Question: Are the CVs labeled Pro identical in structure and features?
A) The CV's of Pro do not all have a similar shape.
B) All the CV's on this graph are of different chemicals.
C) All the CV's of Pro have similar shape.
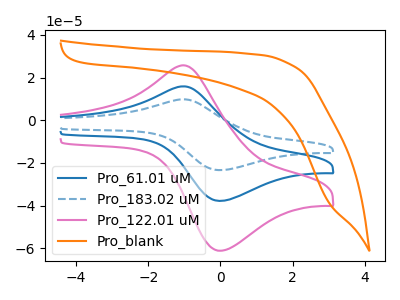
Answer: <think>The blue curve "Pro_61.01 uM" has an anodic peak at (-1.00V, 15.90uA) and a cathodic peak at (0.00V, -37.75uA). The blue dashed curve "Pro_183.02 uM" has an anodic peak at (-1.00V, 31.85uA) and a cathodic peak at (0.00V, -75.55uA). The pink curve "Pro_122.01 uM" has an anodic peak at (-1.00V, 25.75uA) and a cathodic peak at (0.00V, -61.10uA). The orange curve "Pro_blank" has no peaks.
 All the peaks in "Pro_61.01 uM" have a peak in "Pro_183.02 uM" at the same potential. Every peak in "Pro_61.01 uM" is lower than every peak in "Pro_183.02 uM". All the peaks in "Pro_61.01 uM" have a peak in "Pro_122.01 uM" at the same potential. Every peak in "Pro_61.01 uM" is lower than every peak in "Pro_122.01 uM". "Pro_61.01 uM" and "Pro_blank" have a different number of peaks. All the peaks in "Pro_183.02 uM" have a peak in "Pro_122.01 uM" at the same potential. Every peak in "Pro_183.02 uM" is higher than every peak in "Pro_122.01 uM". "Pro_183.02 uM" and "Pro_blank" have a different number of peaks. "Pro_122.01 uM" and "Pro_blank" have a different number of peaks.</think>
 <answer>C) All the CV's of "Pro" have similar shape.</answer>
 <eval>C</eval>